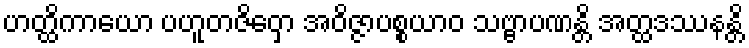
ဟတ္ထိကာယော ပဟူတဇိဝှော အဝိဇ္ဇာပစ္စယာဝ သဗ္ဗာပဏန္တိ အတ္ထဒဿနန္တိ